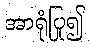
အာရုံပြု၍